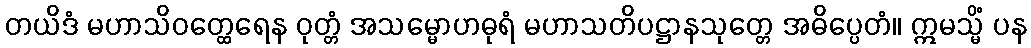
တယိဒံ မဟာသိဝတ္ထေရေန ဝုတ္တံ အသမ္မောဟဓုရံ မဟာသတိပဋ္ဌာနသုတ္တေ အဓိပ္ပေတံ။ ဣမသ္မိံ ပန